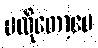
မလိုတော့ပေ